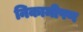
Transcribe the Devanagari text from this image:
निकामीपण